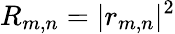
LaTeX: R_{m,n}=|r_{m,n}|^{2}